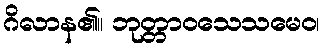
ဂိလာန၏။ ဘုတ္တာဝသေသမေဝ၊